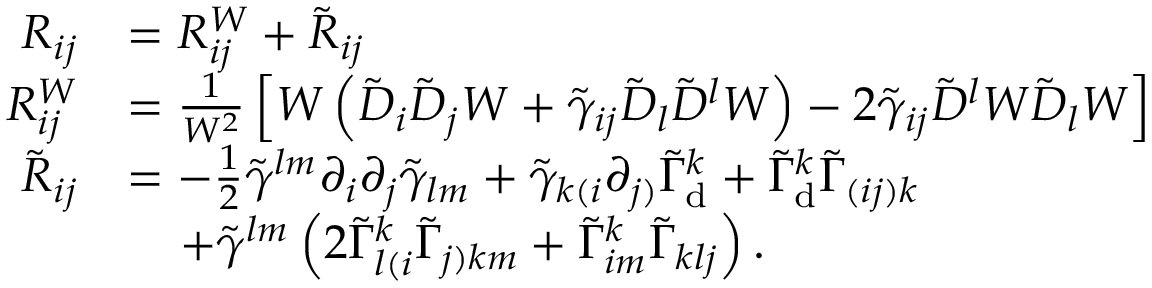
\begin{array} { r l } { R _ { i j } } & { = R _ { i j } ^ { W } + \tilde { R } _ { i j } } \\ { R _ { i j } ^ { W } } & { = \frac { 1 } { W ^ { 2 } } \left[ W \left( \tilde { D } _ { i } \tilde { D } _ { j } W + \tilde { \gamma } _ { i j } \tilde { D } _ { l } \tilde { D } ^ { l } W \right) - 2 \tilde { \gamma } _ { i j } \tilde { D } ^ { l } W \tilde { D } _ { l } W \right] } \\ { \tilde { R } _ { i j } } & { = - \frac { 1 } { 2 } \tilde { \gamma } ^ { l m } \partial _ { i } \partial _ { j } \tilde { \gamma } _ { l m } + \tilde { \gamma } _ { k ( i } \partial _ { j ) } \tilde { \Gamma } _ { \mathrm { d } } ^ { k } + \tilde { \Gamma } _ { \mathrm { d } } ^ { k } \tilde { \Gamma } _ { ( i j ) k } } \\ & { \; \; \; \; + \tilde { \gamma } ^ { l m } \left( 2 \tilde { \Gamma } _ { l ( i } ^ { k } \tilde { \Gamma } _ { j ) k m } + \tilde { \Gamma } _ { i m } ^ { k } \tilde { \Gamma } _ { k l j } \right) . } \end{array}